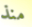
منذ